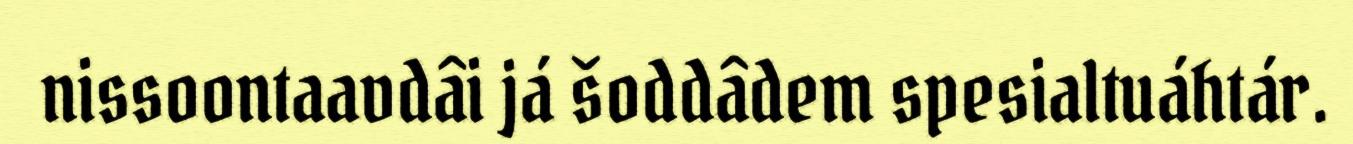
nissoontaavdâi já šoddâdem spesialtuáhtár.